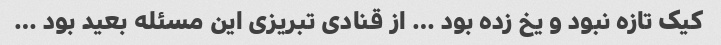
کیک تازه نبود و یخ زده بود … از قنادی تبریزی این مسئله بعید بود …